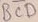
Text: BCD